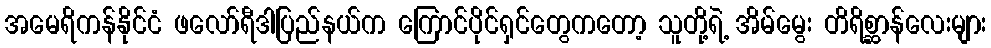
အမေရိကန်နိုင်ငံ ဖလော်ရီဒါပြည်နယ်က ကြောင်ပိုင်ရှင်တွေကတော့ သူတို့ရဲ့ အိမ်မွေး တိရိစ္ဆာန်လေးများ